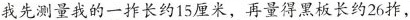
我先测量我的一排长约15厘米，再量得黑板长约26柞，